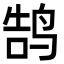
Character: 鹄